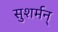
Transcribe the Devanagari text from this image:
सुशर्मन्